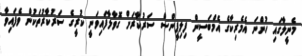
މެނީލާގައި ހުންނަ އެމެރިކާގެ އެމްބަސީން ފިލިޕީންސް ސަރުކާރަށް ގޮވާލާފައިވަނީ ކުރީގެ ސަރުކާރުތަކުން ވެފައިވާ